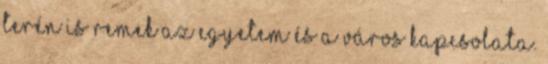
terén is remek az egyetem és a város kapcsolata.